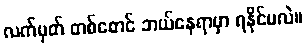
လက်မှတ် တစ်စောင် ဘယ်နေရာမှာ ရနိုင်မလဲ။